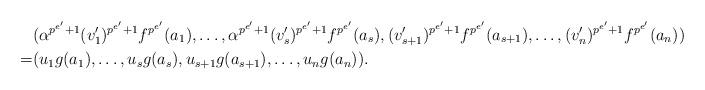
LaTeX: \begin{align*} & (\alpha^{p^{e'}+1} (v_1')^{p^{e'}+1}f^{p^{e'}}(a_1),\dots,\alpha^{p^{e'}+1} (v_s')^{p^{e'}+1}f^{p^{e'}}(a_s),(v_{s+1}')^{p^{e'}+1}f^{p^{e'}}(a_{s+1}), \dots, (v_n')^{p^{e'}+1}f^{p^{e'}}(a_n))\\ = & (u_1g(a_1),\dots,u_sg(a_s),u_{s+1}g(a_{s+1}),\dots,u_ng(a_n)). \end{align*}